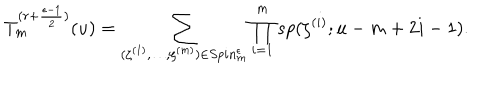
LaTeX: T _ { m } ^ { ( r + { \frac { \epsilon - 1 } { 2 } } ) } ( u ) = \sum _ { ( \zeta ^ { ( 1 ) } , \ldots , \zeta ^ { ( m ) } ) \in S p i n _ { m } ^ { \epsilon } } \prod _ { i = 1 } ^ { m } s p ( \zeta ^ { ( i ) } ; u - m + 2 i - 1 ) .